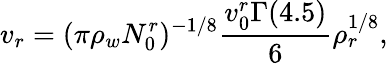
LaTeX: v_{r}=(\pi\rho_{w}N_{0}^{r})^{-1/8}\frac{v_{0}^{r}\Gamma(4.5)}{6}\rho_{r}^{1/8},